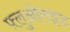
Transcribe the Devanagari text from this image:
फ़्लुओराइड